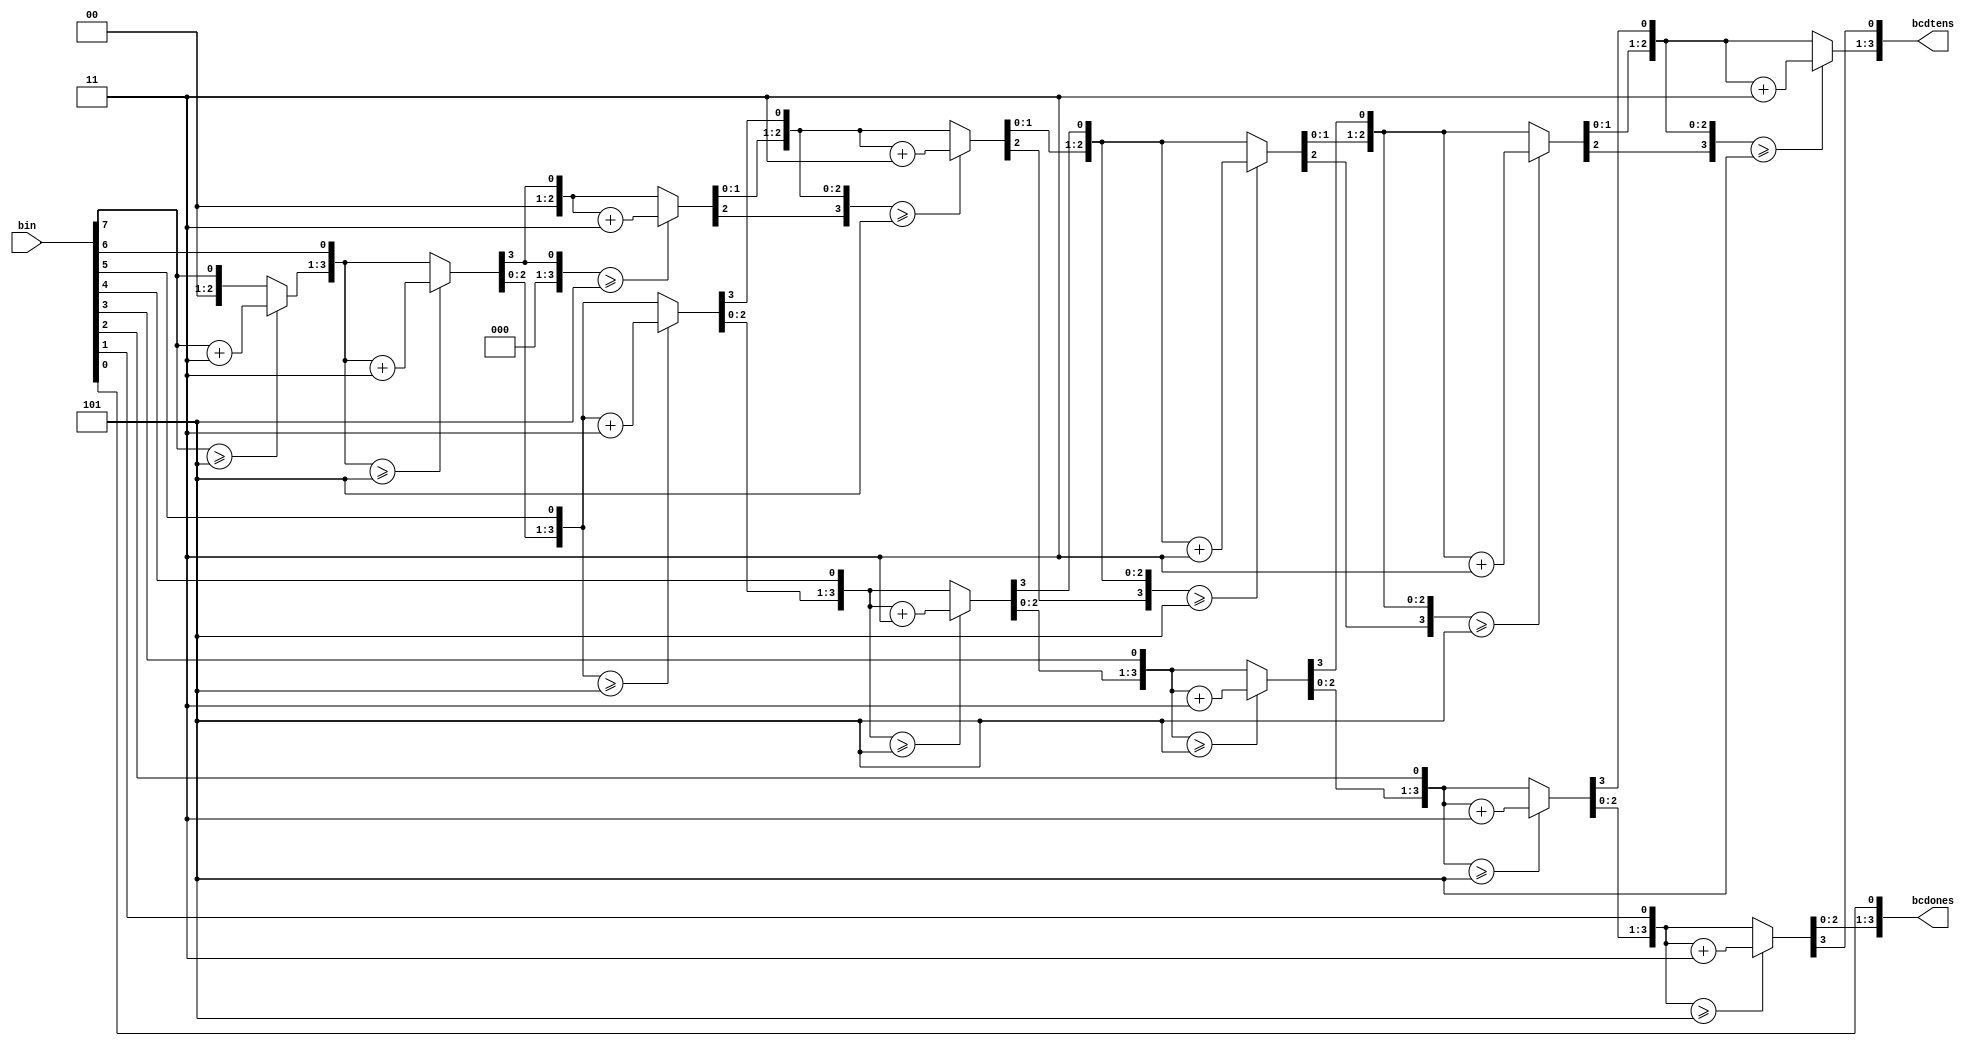
module bin2bcd (
	input[7:0] bin,
	output reg [3:0] bcdones, bcdtens
);

integer k;
  // convert binary data into BCD
  always@(bin)
  begin
    bcdtens = 4'b0;
    bcdones = 4'b0;
    for (k = 7;k >= 0;k = k-1)
      begin
        if (bcdtens >= 5)
          bcdtens = bcdtens + 3;
        if (bcdones >= 5)
          bcdones = bcdones + 3;
        
        bcdtens = bcdtens<<1;
        bcdtens[0] = bcdones[3];
        bcdones = bcdones<<1;
        bcdones[0] = bin[k];
      end
  end
  
endmodule